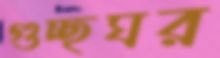
গুচ্ছঘর